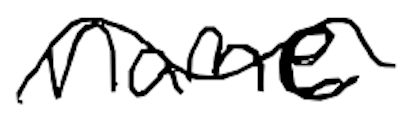
Text: name
Cross-out: wave
Writing tool: digital_black